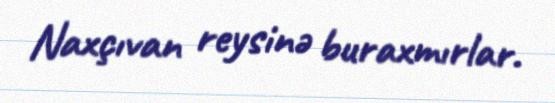
Naxçıvan reysinə buraxmırlar.